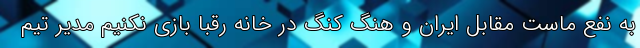
به نفع ماست مقابل ایران و هنگ کنگ در خانه رقبا بازی نکنیم مدیر تیم